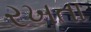
રખતા